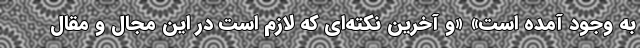
به وجود آمده است» «و آخرین نکته‌ای که لازم است در این مجال و مقال